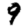
Digit: 9